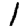
Digit: 1